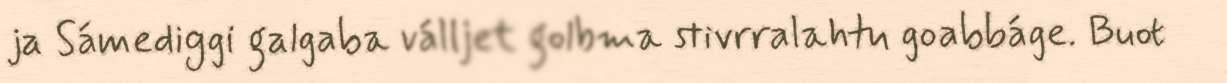
ja Sámediggi galgaba válljet golbma stivrralahtu goabbáge. Buot